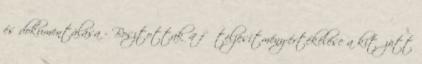
és dokumentálása - Bosztottak 4 fő teljesítmény-értékelése a kitűzött